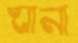
ঘানা